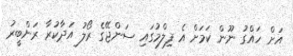
އަށް ހައްގު ނޫން ކަމަށް އެ ފިލްމުގައި ސަންޖޭގެ ރޯލު އަދާކުރާ ރަންބީރު